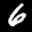
Label: 6